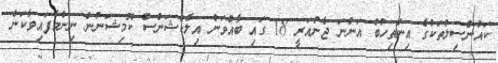
ކައުންސިލްތަކުގެ އިންތިހުބު އަންނަ ޖެނުއަރީ 18 ގައި ބާއްވަން އިލެކްޝަންސް ކޮމިޝަނުން ނިންމާފައިވާކަން